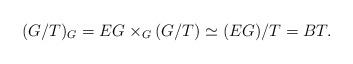
LaTeX: \begin{align*} (G/T)_G = EG \times_G (G/T) \simeq (EG)/T = BT.\end{align*}